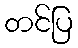
တင်ပြ